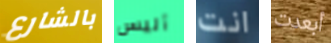
بالشارع أليس انت أبعدت